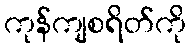
ကုန်ကျစရိတ်ကို